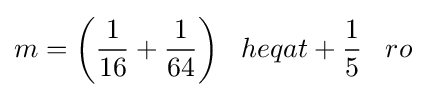
m={\bigg (}{\frac {1}{16}}+{\frac {1}{64}}{\bigg )}\;\;\;heqat+{\frac {1}{5}}\;\;\;ro